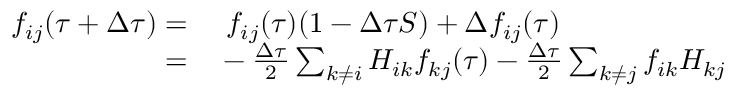
\begin{array} { r l } { f _ { i j } ( \tau + \Delta \tau ) = } & { { } \ f _ { i j } ( \tau ) ( 1 - \Delta \tau S ) + \Delta f _ { i j } ( \tau ) } \\ { = } & { { } - \frac { \Delta \tau } { 2 } \sum _ { k \ne i } H _ { i k } f _ { k j } ( \tau ) - \frac { \Delta \tau } { 2 } \sum _ { k \ne j } f _ { i k } H _ { k j } } \end{array}